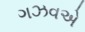
ગઝવએ